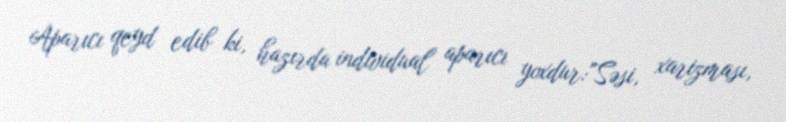
Aparıcı qeyd edib ki, hazırda individual aparıcı yoxdur:"Səsi, xarizması,